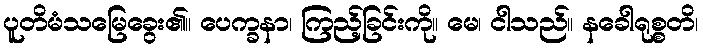
ပူတိမံသမြေခွေး၏။ ပေက္ခနာ၊ ကြည့်ခြင်းကို။ မေ၊ ငါသည်။ နခေါရုစ္စတိ၊